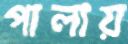
পালায়